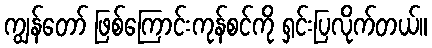
ကျွန်တော် ဖြစ်ကြောင်းကုန်စင်ကို ရှင်းပြလိုက်တယ်။